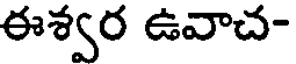
ఈశ్వర ఉవాచ-